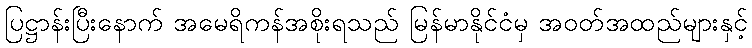
ပြဋ္ဌာန်းပြီးနောက် အမေရိကန်အစိုးရသည် မြန်မာနိုင်ငံမှ အဝတ်အထည်များနှင့်